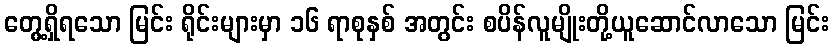
တွေ့ရှိရသော မြင်း ရိုင်းများမှာ ၁၆ ရာစုနှစ် အတွင်း စပိန်လူမျိုးတို့ယူဆောင်လာသော မြင်း